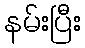
နမ်းပြီး